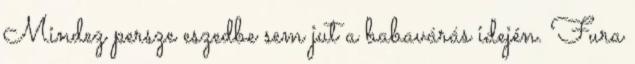
Mindez persze eszedbe sem jut a babavárás idején. Fura